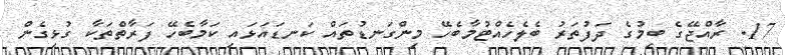
17. ރާއްޖޭގެ ބިމުގެ ދަފުތަރު ބެލެހެއްޓުމާބެހޭ މިންގަނޑުތައް ކަނޑައަޅައި ކަމާބެހޭ ފަރާތްތަކާ ގުޅިގެން